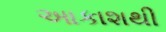
આકાશથી